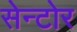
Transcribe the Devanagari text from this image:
सेन्टोर